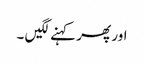
اور پھر کہنے لگیں ۔